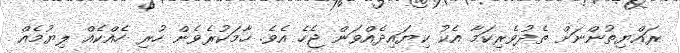
ރައްޔިތުންނަށް ތެދުވެރިކަމާ އެކު ކިޔައިދެއްވަން ޖެހެ އެވެ. ހާމަކުރެވެން ހުރި ހެއްކެއް ލިޔުމެއް